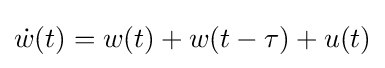
{\dot {w}}(t)=w(t)+w(t-\tau )+u(t)